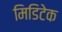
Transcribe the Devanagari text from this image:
मिडिटेक